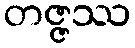
တဇ္ဇဿ